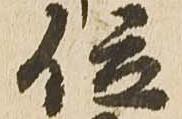
位